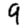
Digit: 9